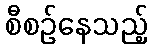
စီစဉ်နေသည့်